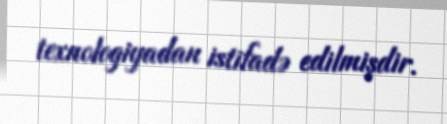
texnologiyadan istifadə edilmişdir.